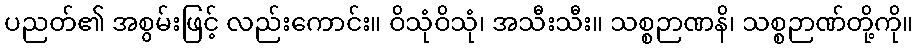
ပညတ်၏ အစွမ်းဖြင့် လည်းကောင်း။ ဝိသုံဝိသုံ၊ အသီးသီး။ သစ္စဉာဏနိ၊ သစ္စဉာဏ်တို့ကို။